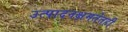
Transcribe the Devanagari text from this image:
उत्पादनक्षमतेतही